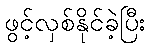
ဖွင့်လှစ်နိုင်ခဲ့ပြီး